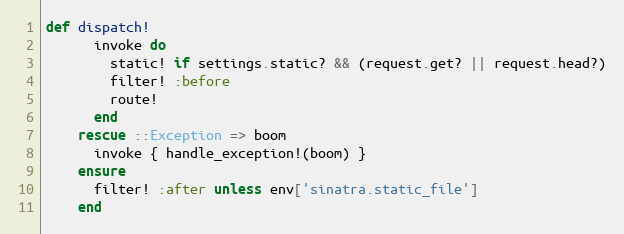
Language: Ruby
def dispatch!
      invoke do
        static! if settings.static? && (request.get? || request.head?)
        filter! :before
        route!
      end
    rescue ::Exception => boom
      invoke { handle_exception!(boom) }
    ensure
      filter! :after unless env['sinatra.static_file']
    end